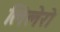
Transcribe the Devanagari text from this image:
लिलेरो